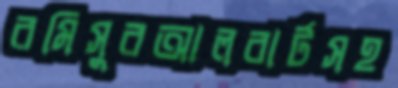
রমিসুরআলবার্টসহ